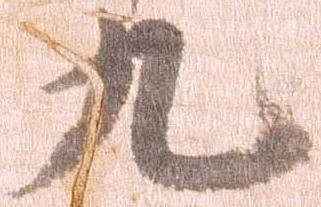
九